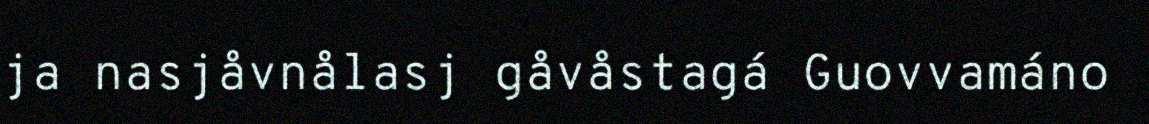
ja nasjåvnålasj gåvåstagá Guovvamáno